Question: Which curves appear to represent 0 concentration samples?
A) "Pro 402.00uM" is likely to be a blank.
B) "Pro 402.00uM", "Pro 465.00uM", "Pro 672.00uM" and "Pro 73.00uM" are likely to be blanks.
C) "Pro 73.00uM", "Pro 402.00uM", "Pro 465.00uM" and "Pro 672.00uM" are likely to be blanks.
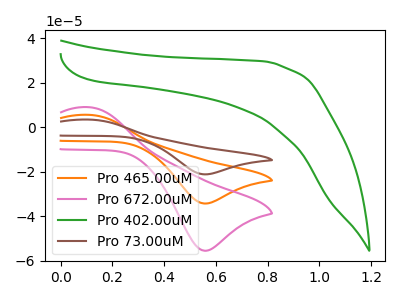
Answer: <think>The orange curve "Pro 465.00uM" has an anodic peak at (0.10V, 5.55uA) and a cathodic peak at (0.55V, -34.30uA). The pink curve "Pro 672.00uM" has an anodic peak at (0.10V, 9.00uA) and a cathodic peak at (0.55V, -55.50uA). The green curve "Pro 402.00uM" has no peaks. The brown curve "Pro 73.00uM" has an anodic peak at (0.10V, 11.10uA) and a cathodic peak at (0.55V, -68.55uA).</think>
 <answer>A) "Pro 402.00uM" is likely to be a blank.</answer>
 <eval>A</eval>